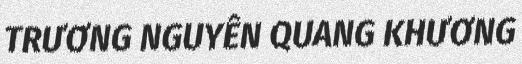
TRƯƠNG NGUYÊN QUANG KHƯƠNG